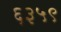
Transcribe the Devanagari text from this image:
६३५९